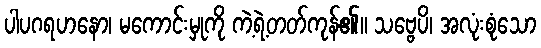
ပါပဂရဟနော၊ မကောင်းမှုကို ကဲ့ရဲ့တတ်ကုန်၏။ သဗ္ဗေပိ၊ အလုံးစုံသော